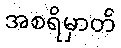
အစရိမှာတိ